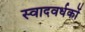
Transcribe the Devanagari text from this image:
स्वादवर्धकों